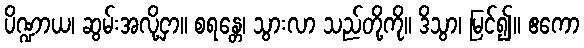
ပိဏ္ဍာယ၊ ဆွမ်းအလို့ငှာ။ စရန္တေ၊ သွားလာ သည်တို့ကို။ ဒိသွာ၊ မြင်၍။ ဧကော